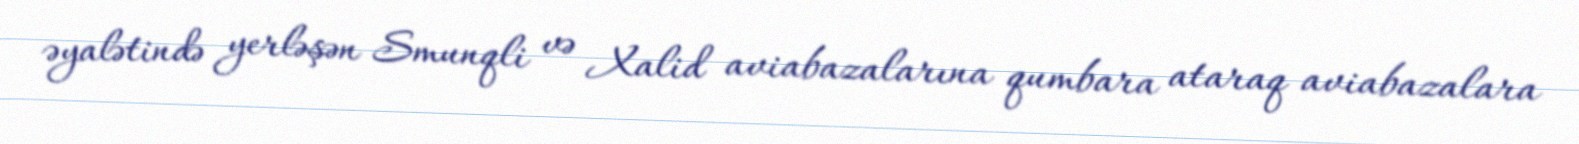
əyalətində yerləşən Smunqli və Xalid aviabazalarına qumbara ataraq aviabazalara